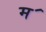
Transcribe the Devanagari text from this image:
म॔